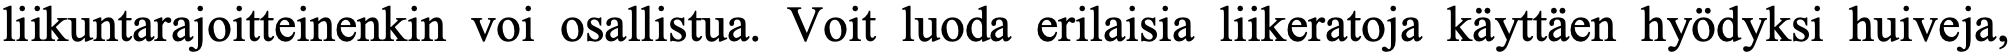
liikuntarajoitteinenkin voi osallistua. Voit luoda erilaisia liikeratoja käyttäen hyödyksi huiveja,